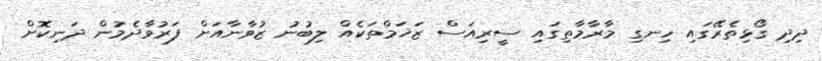
ދިދި ގޯޅިތެރޭގައި ހިނގި މާރާމާތިގައި ސީރިއަސް ޒަޚަމްތަކެއް ލިބުނު ޒުވާނާއަށް ފަރުވާދެމުން ދަނިކޮށް